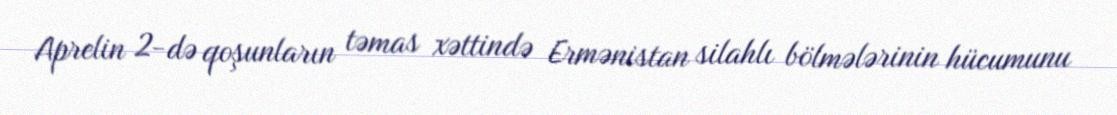
Aprelin 2-də qoşunların təmas xəttində Ermənistan silahlı bölmələrinin hücumunu